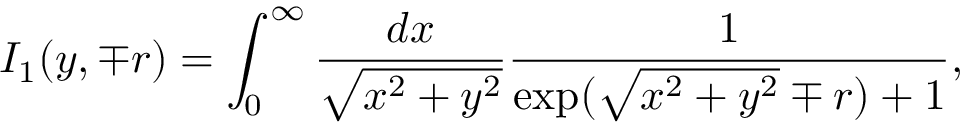
I _ { 1 } ( y , \mp r ) = \int _ { 0 } ^ { \infty } \frac { d x } { \sqrt { x ^ { 2 } + y ^ { 2 } } } \frac { 1 } { \exp ( \sqrt { x ^ { 2 } + y ^ { 2 } } \mp r ) + 1 } ,